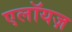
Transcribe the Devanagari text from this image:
एलॉयज़